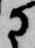
に